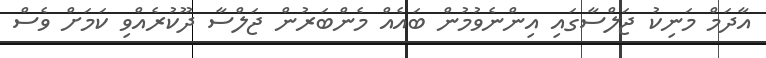
އާދަމް މަނިކު ޖަލްސާގައި އިންނެވުމުން ބައެއް މެންބަރުން ޖަލްސާ ދޫކުރެއްވި ކަމަށް ވެސް